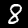
Digit: 8